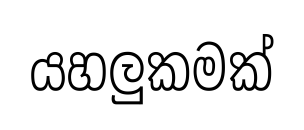
යහලුකමක්